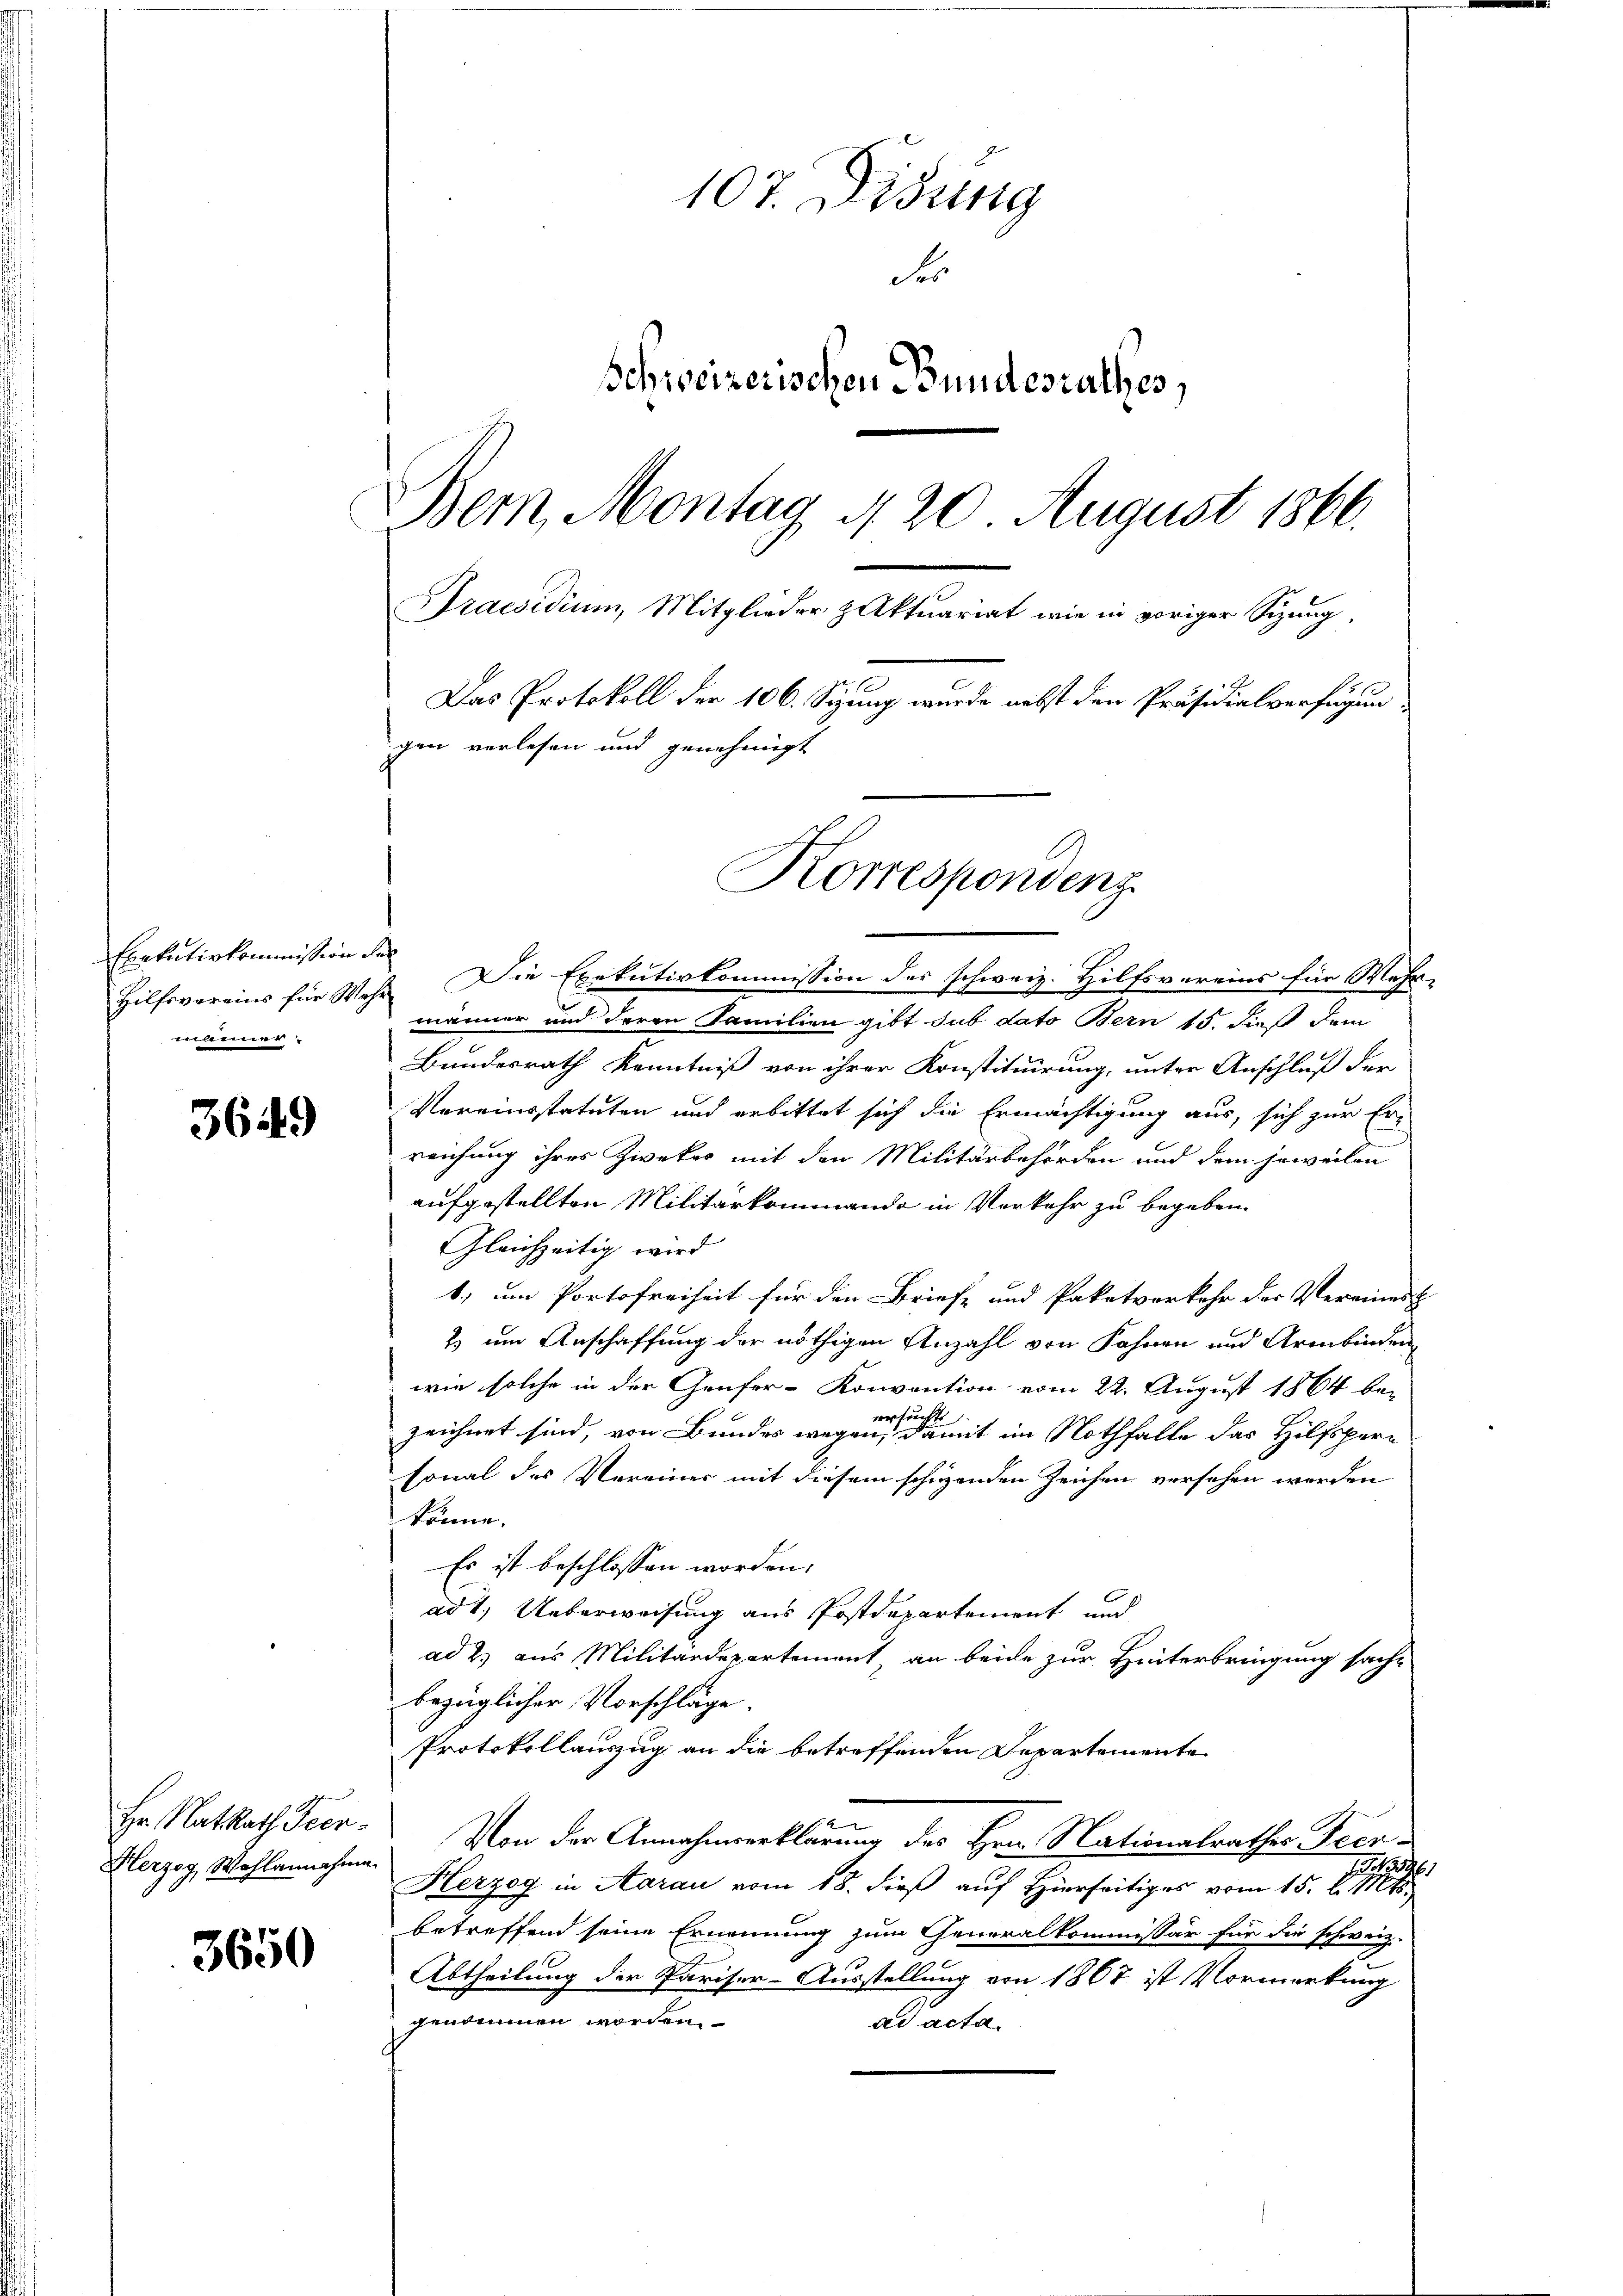
Exekutivkommission der
meer

3649

Hr. Rat Rath Secr
Herzog Wahlannahme

3650

107. Didung
des
Schweizerischen Bundesrathes,
Bern, Montag 4 20 August 1866.
Praesidium, Mitglieder Aktuariat wie in voriger Sitzung.
Das Protokoll der 106. Sizung wurde nebst den Präsidialverfügungen verlesen und genehmigt

Korrespondenz

Hilfsvereins für Wehr. Die Exekutivkommission des schweiz. Hilfsvereins für Wehrmänner und deren Familien gibt sub dato Bern 15. dieß dem
Bundesrath Kenntniß von ihrer Konstituirung, unter Anschluß der
Vereinsstatuten und erbittet sich die Ermächtigung aus, sich zur Er-
reichung ihrer Zwekes mit den Militärbehörden und dem jeweilen
aufgestellten Militärkommando in Verkehr zu begeben.
Gleichzeitig wird
1.) um Portofreiheit für den Briefe und Paketverkehr des Vereines &
2) um Anschaffung der nöthigen Anzahl von Fahnen und Armbinden
wie solche in der Genfer-Konvention vom 22. August 1864 bei
zeichnet sind, von Bundes wegen sie er mit im Nothfalle das Hilfspersonal des Vereiner mit diesem schüzenden Zeichen versehen werden
könne.
Es ist beschlossen worden.
ad 1.) Ueberweisung aus Postdepartement und
ad 2.) aus Militärdepartement, an beide zur Hinterbringung sacht
bezüglicher Vorschläge.
Protokollauszug an die betreffenden Departemente
Von der Annahmeerklärung des Hrn. Nationalrathes Peere
Herzog in Aarau vom 18. dieß auf Hierseitiges vom 15. d. Mts.
betreffend seine Ernennung zum Generalkommissär für die schweiz.
Abtheilung der Pariser-Ausstellung von 1867 ist Vormerkung
genommen worden.
ad acta.